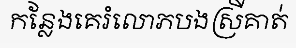
កន្លែងគេរំលោភបងស្រីគាត់